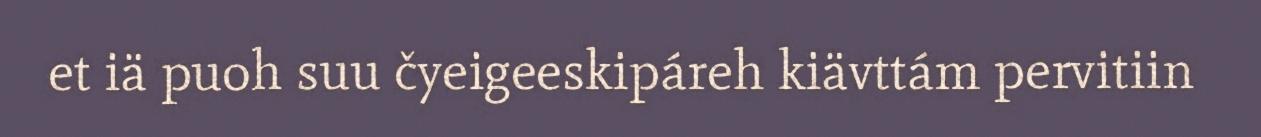
et iä puoh suu čyeigeeskipáreh kiävttám pervitiin